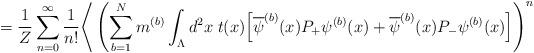
\begin{align*}\; = \frac{1}{Z} \sum_{n=0}^\infty\frac{1}{n!} \Bigg\langle\left( \sum_{b=1}^N m^{(b)} \int_\Lambda d^2 x \; t(x) \Big[\overline{\psi}^{(b)}(x) P_+ \psi^{(b)}(x) +\overline{\psi}^{(b)}(x) P_- \psi^{(b)}(x) \Big] \right)^n\end{align*}